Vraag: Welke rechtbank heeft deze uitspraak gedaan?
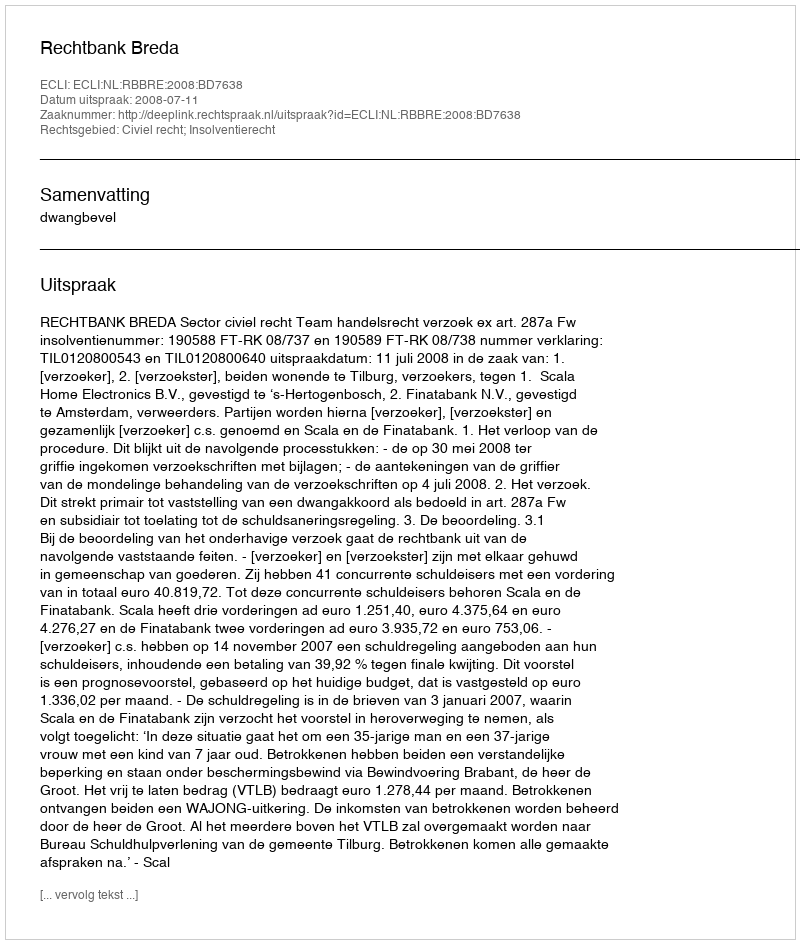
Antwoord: Rechtbank Breda